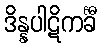
ဒိန္နပါဋိကင်္ခီ